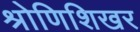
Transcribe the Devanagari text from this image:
श्रोणिशिखर